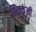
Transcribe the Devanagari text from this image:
भिक्कूंनी